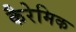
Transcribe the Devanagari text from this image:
कैरेमिक